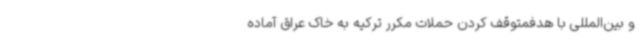
و بین‌المللی با هدفمتوقف کردن حملات مکرر ترکیه به خاک عراق آماده